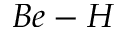
B e - H